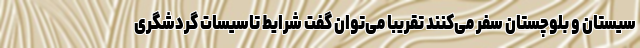
سیستان و بلوچستان سفر می‌کنند تقریبا می‌توان گفت شرایط تاسیسات گردشگری